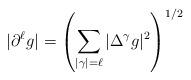
LaTeX: \begin{align*}|\partial^\ell g |=\left(\sum_{|\gamma|=\ell} |\Delta^\gamma g |^2 \right)^{1/2}\end{align*}